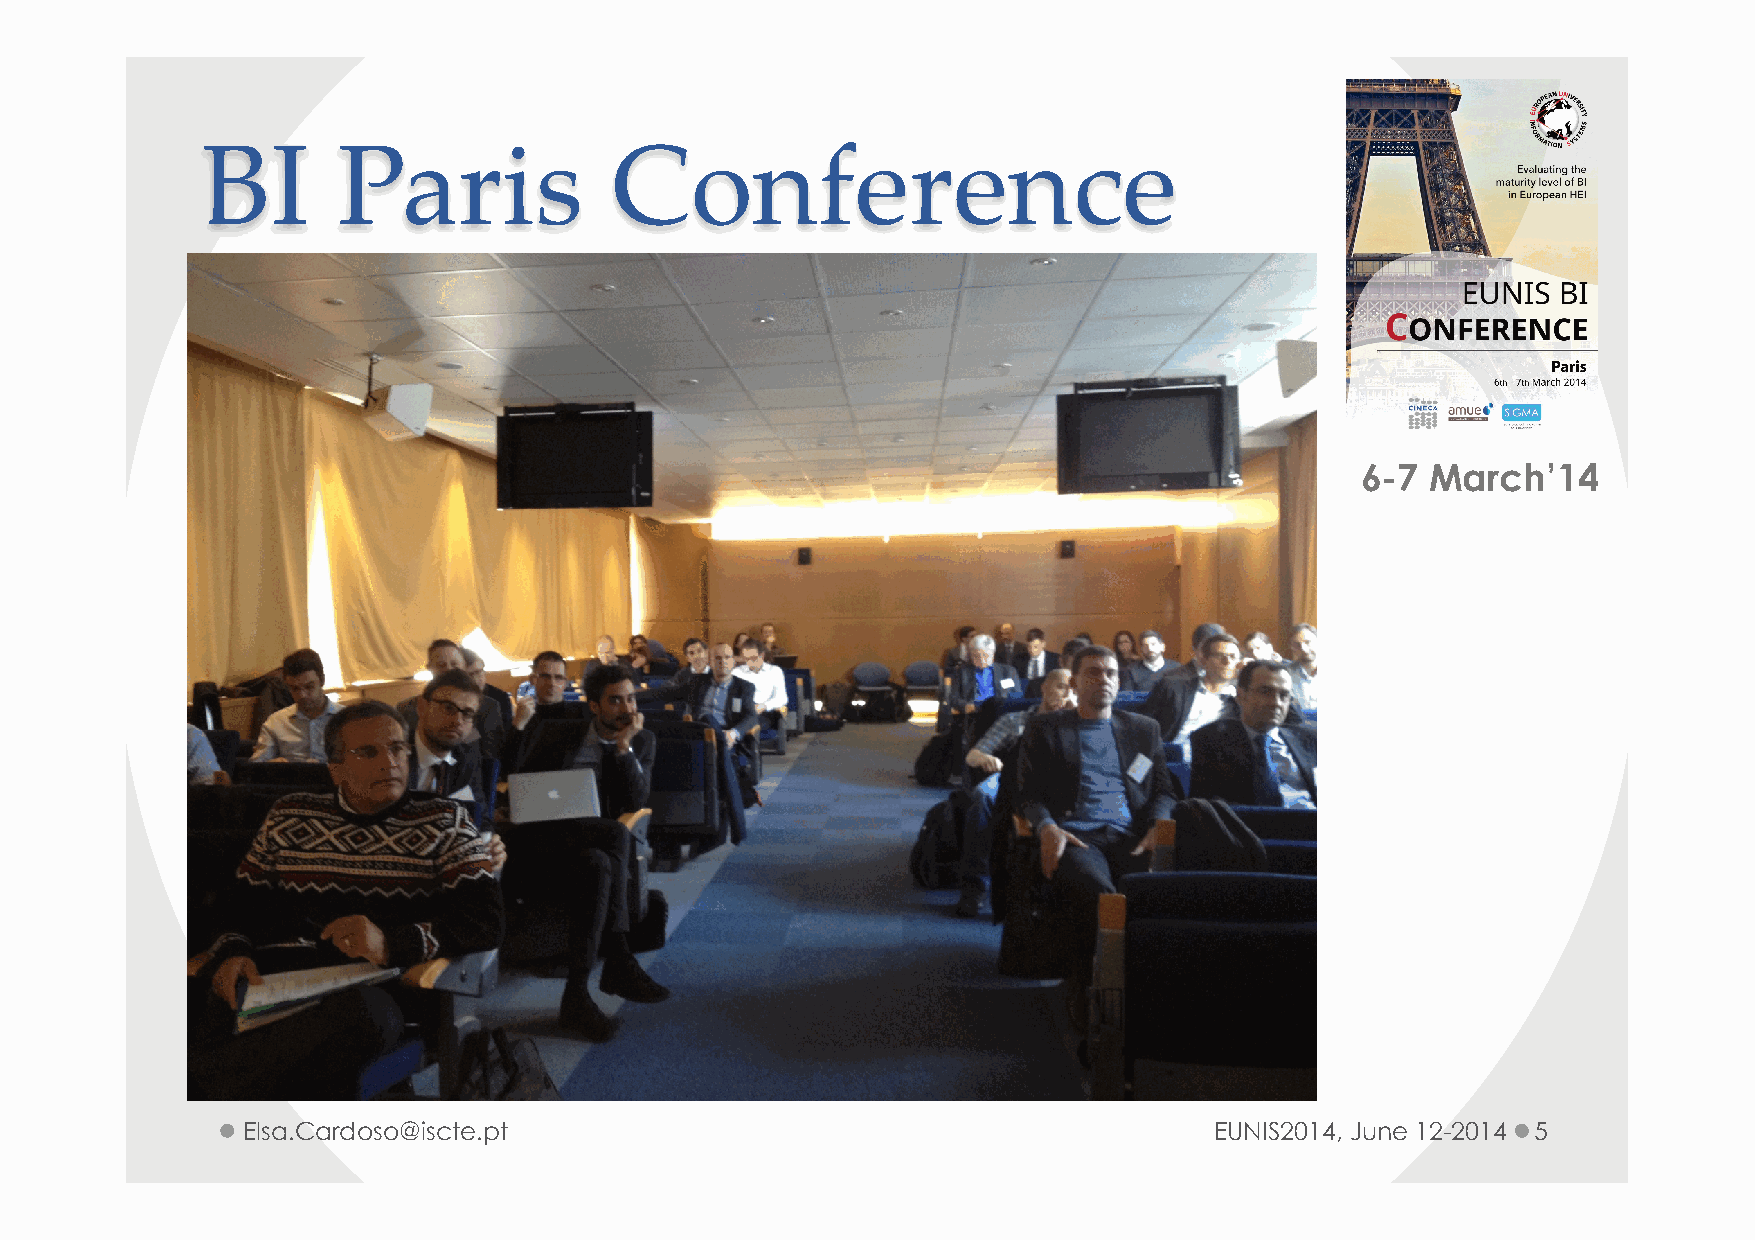
BI       Paris             Conference
 6-7  March’14
 Elsa.Cardoso@iscte.pt                                           EUNIS2014, June 12-2014 5